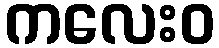
ကလေးဝ